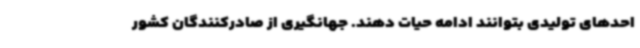
احدهای تولیدی بتوانند ادامه حیات دهند. جهانگیری از صادرکنندگان کشور